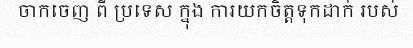
ចាកចេញ ពី ប្រទេស ក្នុង ការយកចិត្តទុកដាក់ របស់